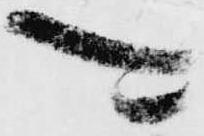
可